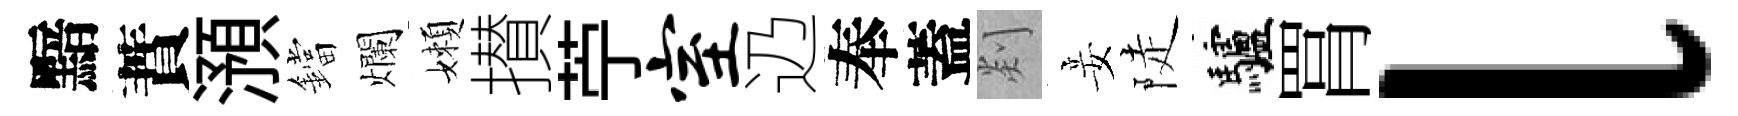
黯蕡澦鐺爛嬾攅苧室辸奉蓋剡妾陡驢罥l